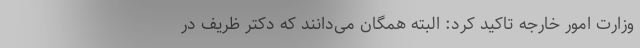
وزارت امور خارجه تاکید کرد: البته همگان می‌دانند که دکتر ظریف در